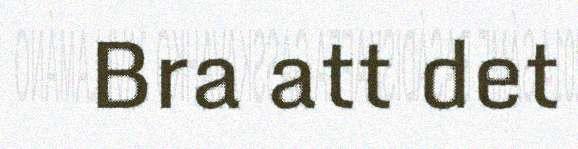
Bra att det